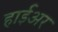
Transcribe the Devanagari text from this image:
हाईअर